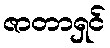
ဇာတာရှင်